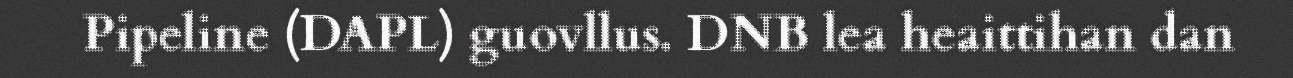
Pipeline (DAPL) guovllus. DNB lea heaittihan dan